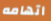
اتهامه